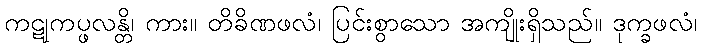
ကဋုကပ္ဖလန္တိ၊ ကား။ တိခိဏဖလံ၊ ပြင်းစွာသော အကျိုးရှိသည်။ ဒုက္ခဖလံ၊